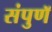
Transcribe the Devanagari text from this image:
संपुणॅ